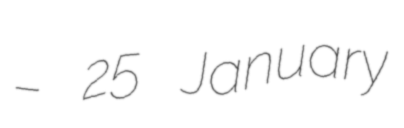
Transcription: – 25 January